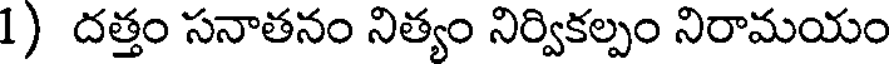
1) దత్తం సనాతనం నిత్యం నిర్వికల్పం నిరామయం